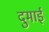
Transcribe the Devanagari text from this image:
दुमाई